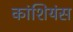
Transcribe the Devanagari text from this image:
कांशियंस